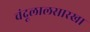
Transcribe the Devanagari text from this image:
चंदूलालसारखा